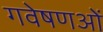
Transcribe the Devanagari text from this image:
गवेषणओं